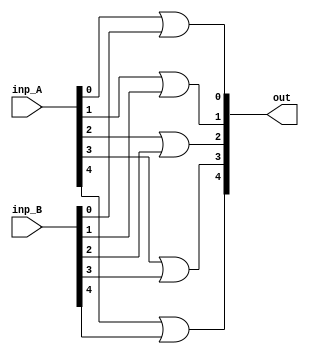
module _5bitor(out,inp_A,inp_B);
input[4:0] inp_A;
input[4:0] inp_B;
output[4:0] out;
or orof0(out[0],inp_A[0],inp_B[0]);
or orof1(out[1],inp_A[1],inp_B[1]);
or orof2(out[2],inp_A[2],inp_B[2]);
or orof3(out[3],inp_A[3],inp_B[3]);
or orof4(out[4],inp_A[4],inp_B[4]);
endmodule